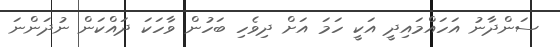
ސަންދާނު އަހައްމައިދީ އަކީ ހަމަ އަށް ދިވެހި ބަހުން ވާހަކަ ދައްކަން ނުދަންނަ